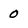
Character: 0